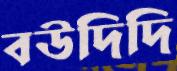
বউদিদি